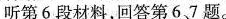
听第6段材料,回答第6.7题.